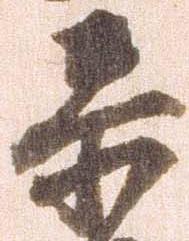
忝